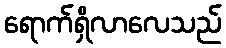
ရောက်ရှိလာလေသည်